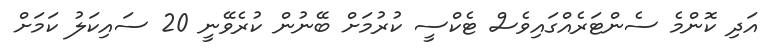
އަދި ކޮންމެ ސެންޓަރެއްގައިވެސް ޓެކްސީ ކުރުމަށް ބޭނުން ކުރެވޭނީ 20 ސައިކަލު ކަމަށް